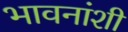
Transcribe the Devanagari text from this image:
भावनांशी